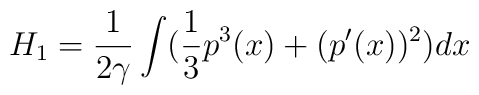
H_1 = \frac{1}{2 \gamma} \int ( \frac{1}{3} p^3 (x) + (p^{\prime} (x))^2 )dx